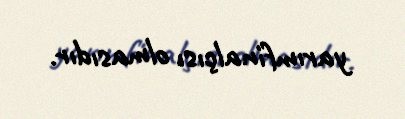
yarımfinalçısı olmasıdır.